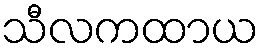
သီလကထာယ